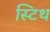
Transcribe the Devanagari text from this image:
स्टिथ